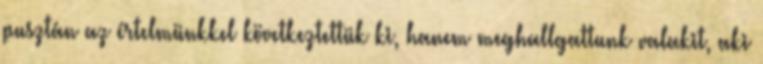
pusztán az értelmünkkel következtettük ki, hanem meghallgattunk valakit, aki